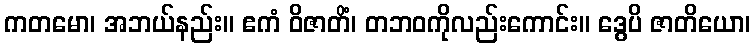
ကတမော၊ အဘယ်နည်း။ ဧကံ ဝိဇာတိံ၊ တဘဝကိုလည်းကောင်း။ ဒွေပိ ဇာတိယော၊